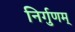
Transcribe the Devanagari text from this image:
निर्गुणम्